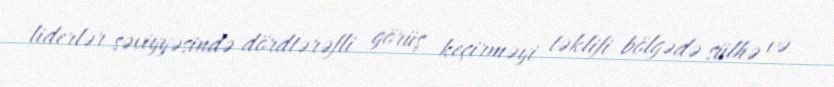
liderlər səviyyəsində dördtərəfli görüş keçirməyi təklifi bölgədə sülhə və